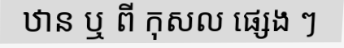
ឋាន ឬ ពី កុសល ផ្សេង ៗ